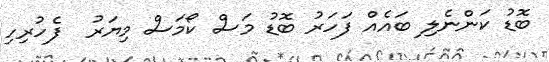
ބޮޑު ކަންނެލި ބައެއް ފަހަރު ބޮޑު މަސް ކޯމަސް މިޔަރު  ފެހުރިހި